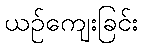
ယဉ်ကျေးခြင်း